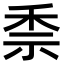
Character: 𥞆